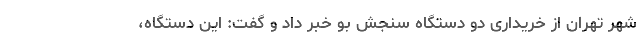
شهر تهران از خریداری دو دستگاه سنجش بو خبر داد و گفت: این دستگاه،